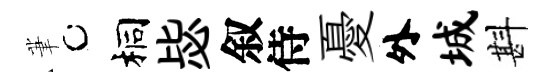
茟桐毖叙侍憂外城斟